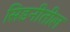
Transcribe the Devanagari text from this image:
सिडनीतील